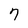
Character: 7